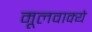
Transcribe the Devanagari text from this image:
मूलवाक्ये